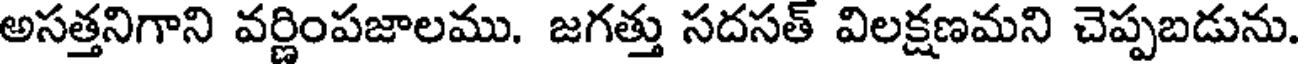
అసత్తనిగాని వర్ణింపజాలము. జగత్తు సదసత్ విలక్షణమని చెప్పబడును.